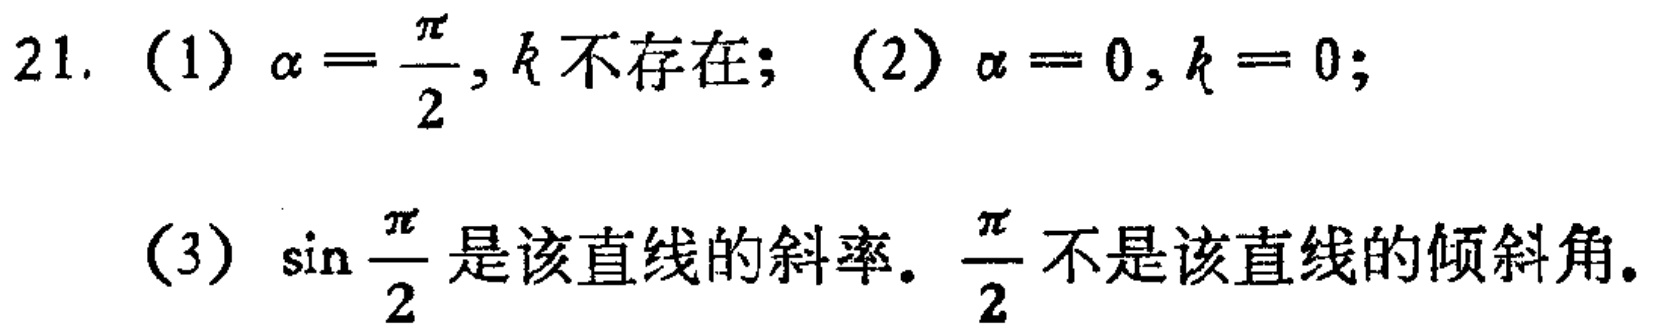
21. (1) \(\alpha = \frac{\pi}{2},k\text{不存在};\) (2) \(\alpha = 0,k = 0;\)
(3) \(\sin\frac{\pi}{2}\text{是该直线的斜率。}\frac{\pi}{2}\text{不是该直线的倾斜角。}\)